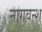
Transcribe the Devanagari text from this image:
नागवन्श